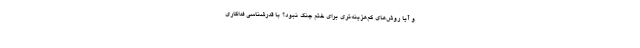
و آیا روش‌های کم‌هزینه‌تری برای ختم جنگ نبود؟ با قدرشناسی فداکاری